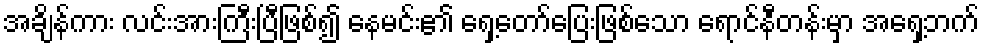
အချိန်ကား လင်းအားကြီးပြီဖြစ်၍ နေမင်း၏ ရှေ့တော်ပြေးဖြစ်သော ရောင်နီတန်းမှာ အရှေ့ဘက်